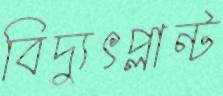
বিদ্যুৎপ্লান্ট